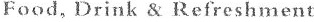
Food, Drink &Refreshment